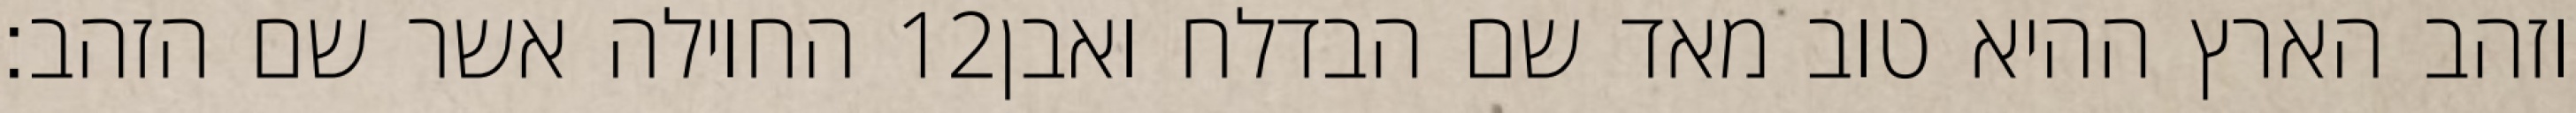
החוילה אשר שם הזהב׃ ‎12‏ וזהב הארץ ההיא טוב מאד שם הבדלח ואבן